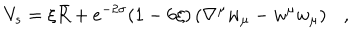
V _ { s } = \xi \bar { R } + e ^ { - 2 \sigma } ( 1 - 6 \xi ) \left( \nabla ^ { \mu } w _ { \mu } - w ^ { \mu } w _ { \mu } \right) { } ,